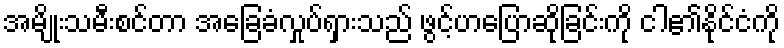
အမျိုးသမီးစင်တာ အခြေခံလှုပ်ရှားသည် ဖွင့်ဟပြောဆိုခြင်းကို ငါ၏နိုင်ငံကို